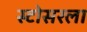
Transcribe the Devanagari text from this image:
स्टोसरला